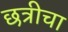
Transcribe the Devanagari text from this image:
छत्रीचा